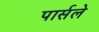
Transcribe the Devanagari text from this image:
पार्सले